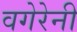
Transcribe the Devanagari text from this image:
वगेरेनी